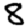
Digit: 8